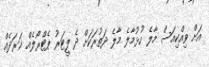
އަށް ވިއްކިއަސް މާލެ ހުޅުމާލެ މާލެ ދަތުރަކަށް ދެ ލީޓަރު ޕެޓްރޯލެއް ޚަރަދެއް